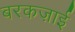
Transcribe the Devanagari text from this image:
बरकज़ाई